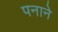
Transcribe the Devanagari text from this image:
पनाने